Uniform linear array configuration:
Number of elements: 4
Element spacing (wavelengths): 0.5
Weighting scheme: blackman
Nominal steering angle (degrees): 30
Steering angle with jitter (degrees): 28.49
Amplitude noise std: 0.05
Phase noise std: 0.05

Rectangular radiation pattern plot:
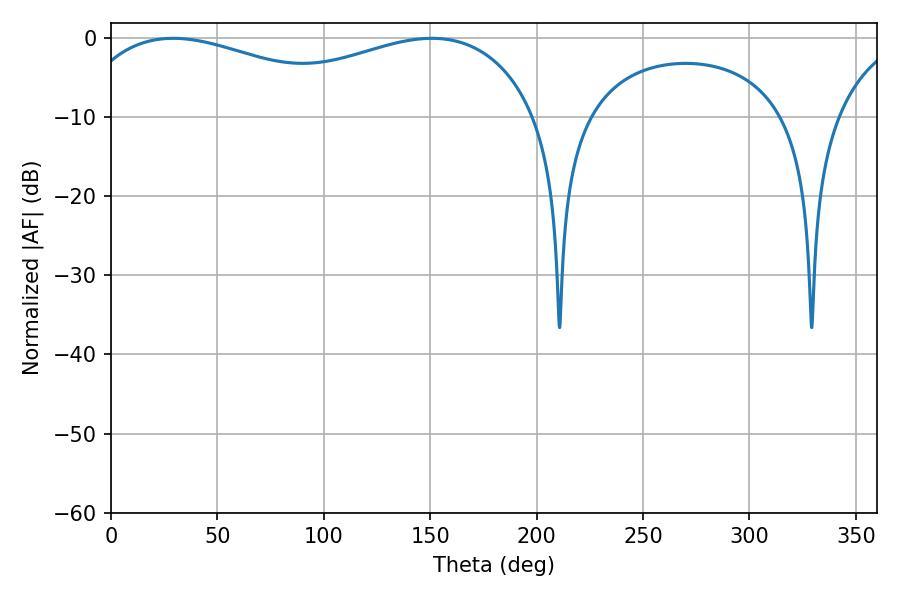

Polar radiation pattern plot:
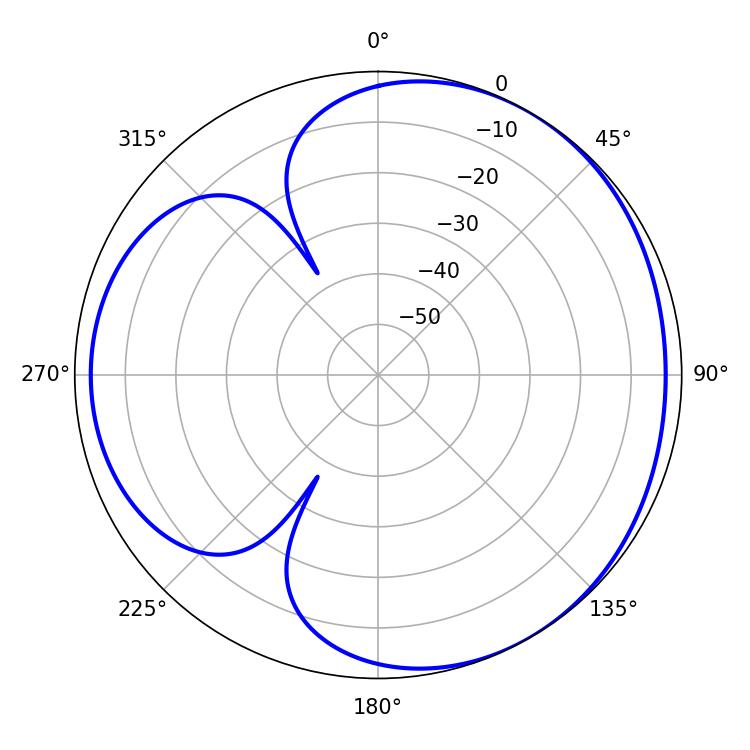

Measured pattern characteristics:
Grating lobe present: FALSE
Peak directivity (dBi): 3.5
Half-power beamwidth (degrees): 81.18
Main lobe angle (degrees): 29.16